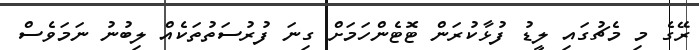
ރޭގެ މި މެޗުގައި ލީޑު ފުޅާކުރަން ޓޮޓެންހަމަށް ގިނަ ފުރުސަތުތަކެއް ލިބުނު ނަމަވެސް